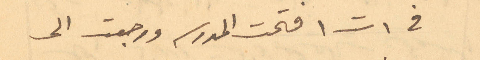
في 1 ت1 فتحت المدرسه ورجعت الى